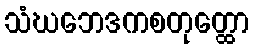
သံဃဘေဒကစတုတ္ထော